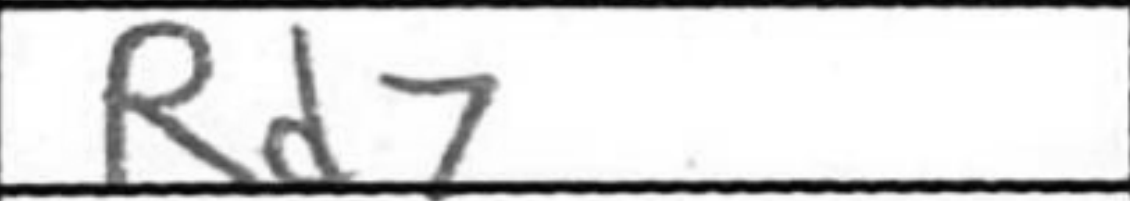
Transcription: Rd7